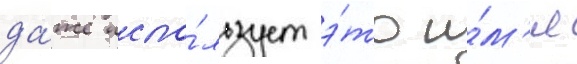
да́же испо́льзует э́то и́м'я